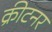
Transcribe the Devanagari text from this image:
क्रीटनर